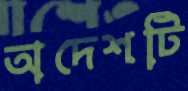
অদেশটি